Problem: 22 + 47 = ?
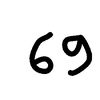
Handwritten answer: 69